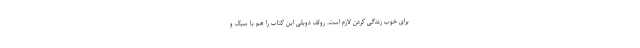
برای خوب زندگی کردن لازم است. رولف دوبلی این کتاب را هم با سبک و